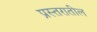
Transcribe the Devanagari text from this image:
प्रस्तरातील